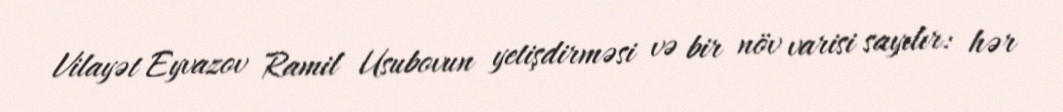
Vilayət Eyvazov Ramil Usubovun yetişdirməsi və bir növ varisi sayılır: hər